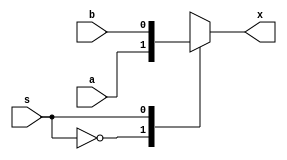
module tt_prim_mux2 (
	input  wire a,
	input  wire b,
	output reg  x,
	input  wire s
);

	always @(*)
		case (s)
			1'b0:   x = a;
			1'b1:   x = b;
			default: x = 1'bx;
		endcase

endmodule